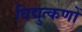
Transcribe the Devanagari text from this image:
विद्युत्कणों